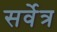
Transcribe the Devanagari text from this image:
सर्वेत्र